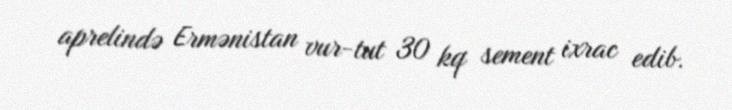
aprelində Ermənistan vur-tut 30 kq sement ixrac edib.